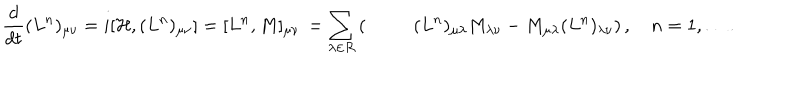
{ \frac { d } { d t } } ( L ^ { n } ) _ { \mu \nu } = i [ { \cal H } , ( L ^ { n } ) _ { \mu \nu } ] = [ L ^ { n } , M ] _ { \mu \nu } \nonumber \, = \sum _ { \lambda \in { \cal R } } \left( \phantom { \mathrm { \huge ~ H } } ( L ^ { n } ) _ { \mu \lambda } M _ { \lambda \nu } - M _ { \mu \lambda } ( L ^ { n } ) _ { \lambda \nu } \right) , \quad n = 1 , \ldots .